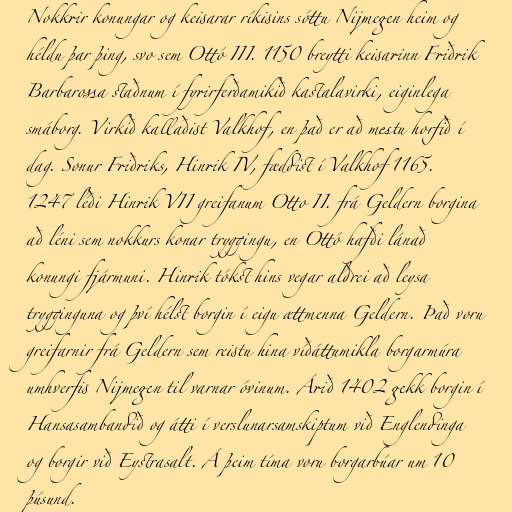
Nokkrir konungar og keisarar ríkisins sóttu Nijmegen heim og
héldu þar þing, svo sem Ottó III. 1150 breytti keisarinn Friðrik
Barbarossa staðnum í fyrirferðamikið kastalavirki, eiginlega
smáborg. Virkið kallaðist Valkhof, en það er að mestu horfið í
dag. Sonur Friðriks, Hinrik IV, fæddist í Valkhof 1165.
1247 léði Hinrik VII greifanum Otto II. frá Geldern borgina
að léni sem nokkurs konar tryggingu, en Ottó hafði lánað
konungi fjármuni. Hinrik tókst hins vegar aldrei að leysa
trygginguna og því hélst borgin í eigu ættmenna Geldern. Það voru
greifarnir frá Geldern sem reistu hina víðáttumikla borgarmúra
umhverfis Nijmegen til varnar óvinum. Árið 1402 gekk borgin í
Hansasambandið og átti í verslunarsamskiptum við Englendinga
og borgir við Eystrasalt. Á þeim tíma voru borgarbúar um 10
þúsund.